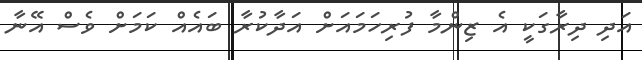
އަދި ދިރާގަކީ އެ ޒިންމާ ފުރިހަމައަށް އަދާކުރާ ބައެއް ކަމަށް ވެސް އޭނާ